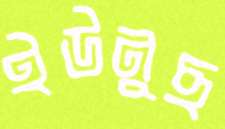
ইউনুছ